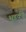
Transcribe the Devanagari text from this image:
भुडकी